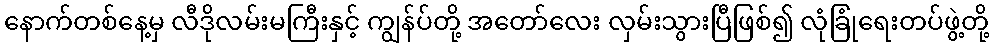
နောက်တစ်နေ့မှ လီဒိုလမ်းမကြီးနှင့် ကျွန်ပ်တို့ အတော်လေး လှမ်းသွားပြီဖြစ်၍ လုံခြုံရေးတပ်ဖွဲ့တို့